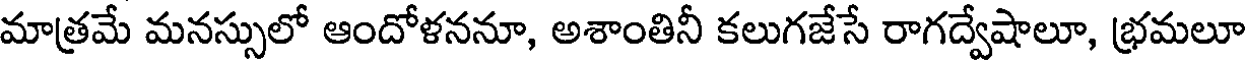
మాత్రమే మనస్సులో ఆందోళననూ, అశాంతినీ కలుగజేసే రాగద్వేషాలూ, భ్రమలూ